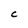
Character: C